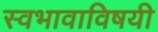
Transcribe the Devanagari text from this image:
स्वभावाविषयी